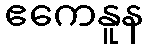
ဧကေနူန